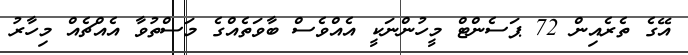
އޭގެ ތެރެއިން 72 ޕަސެންޓް މީހުންނަކީ އެއްވެސް ބާވަތެއްގެ މަސްތުވާ އެއްޗެއް މިހާރު